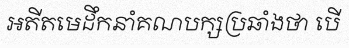
អតីតមេដឹកនាំគណបក្សប្រឆាំងថា បើ